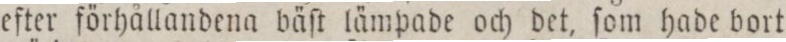
eſter förhållandena bäſt lämpade och det, ſom hade bort